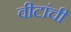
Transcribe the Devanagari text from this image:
वीटांची